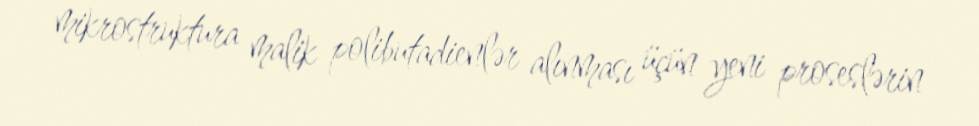
mikrostruktura malik polibutadienlər alınması üçün yeni proseslərin